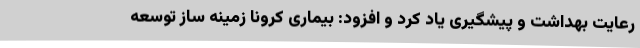
رعایت بهداشت و پیشگیری یاد کرد و افزود: بیماری کرونا زمینه ساز توسعه